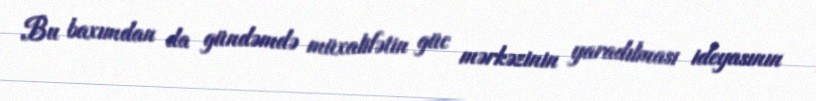
Bu baxımdan da gündəmdə müxalifətin güc mərkəzinin yaradılması ideyasının